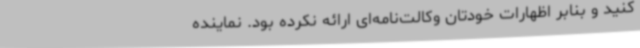
کنید و بنابر اظهارات خودتان وکالت‌نامه‌ای ارائه نکرده بود. نماینده